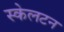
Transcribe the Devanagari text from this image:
स्केलटन